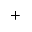
^ { + }